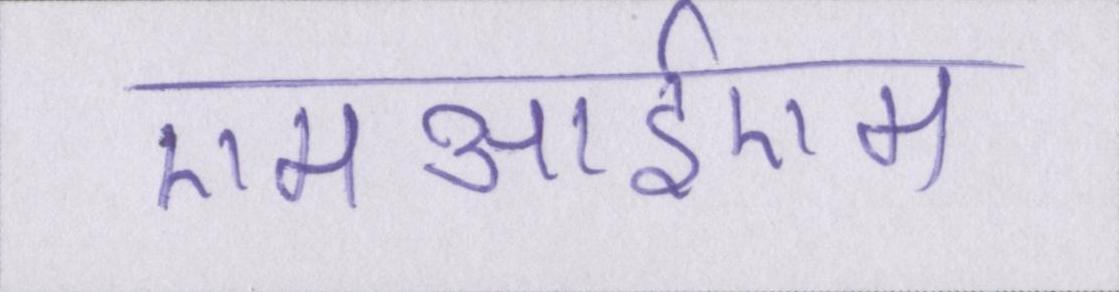
एमआईएम